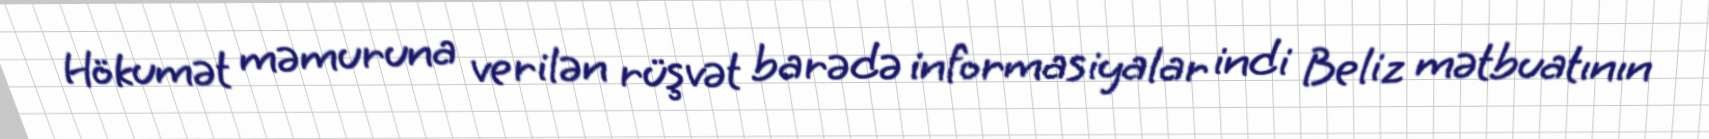
Hökumət məmuruna verilən rüşvət barədə informasiyalar indi Beliz mətbuatının